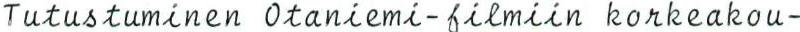
Tutustuminen Otaniemi-filmiin korkeakou-